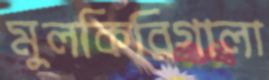
মুলকিরিগালা